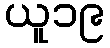
ယူ၁၉